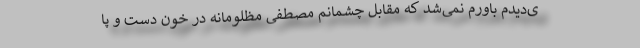
ی‌دیدم باورم نمی‌شد که مقابل چشمانم مصطفی مظلومانه در خون دست و پا